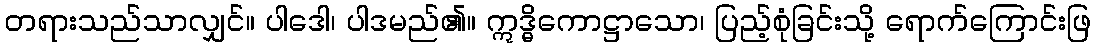
တရားသည်သာလျှင်။ ပါဒေါ၊ ပါဒမည်၏။ ဣဒ္ဓိကောဋ္ဌာသော၊ ပြည့်စုံခြင်းသို့ ရောက်ကြောင်းဖြ